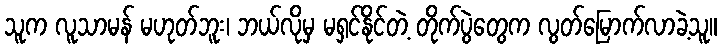
သူက လူသာမန် မဟုတ်ဘူး၊ ဘယ်လိုမှ မရှင်နိုင်တဲ့ တိုက်ပွဲတွေက လွတ်မြောက်လာခဲ့သူ။